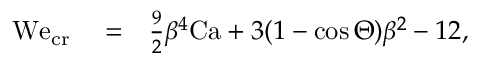
\begin{array} { r l r } { \mathrm { W e } _ { \mathrm { c r } } } & { { } = } & { \frac { 9 } { 2 } \beta ^ { 4 } \mathrm { C a } + 3 ( 1 - \cos { \Theta } ) \beta ^ { 2 } - 1 2 , } \end{array}